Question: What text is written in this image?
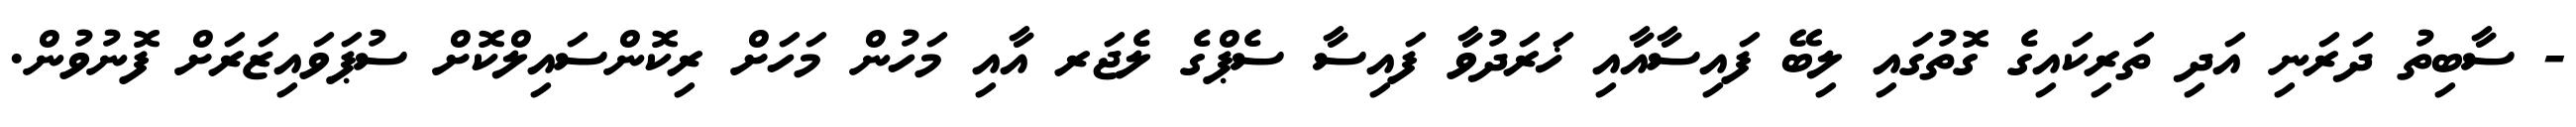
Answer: - ސާބިތު ދަރަނި އަދި ތަރިކައިގެ ގޮތުގައި ލިބޭ ފައިސާއާއި ޚަރަދުވާ ފައިސާ ސެޕްގެ ލެޖަރ އާއި މަހުން މަހަށް ރިކޮންސައިލްކޮށް ސުޕަވައިޒަރަށް ފޮނުވުން.